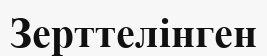
Зерттелінген